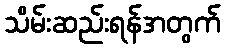
သိမ်းဆည်းရန်အတွက်